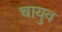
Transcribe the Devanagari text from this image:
चायुव